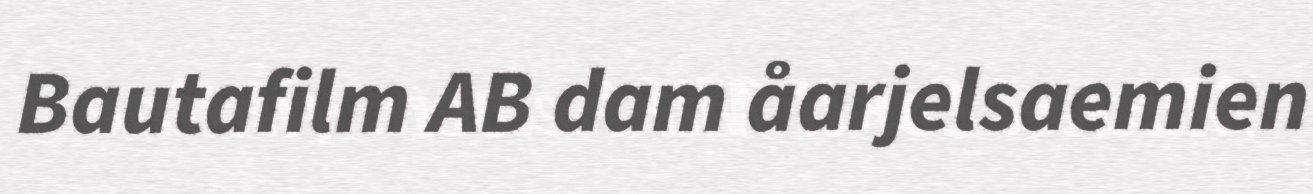
Bautafilm AB dam åarjelsaemien